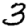
Digit: 3